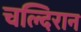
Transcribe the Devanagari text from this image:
चल्दिरान